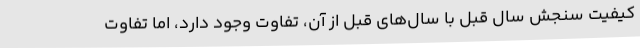
کیفیت سنجش سال قبل با سال‌های قبل از آن، تفاوت وجود دارد، اما تفاوت